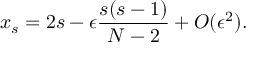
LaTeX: x _ { s } = 2 s - \epsilon \frac { s ( s - 1 ) } { N - 2 } + O ( \epsilon ^ { 2 } ) .